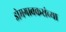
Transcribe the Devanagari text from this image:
डोमगावकरांच्या